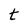
Character: t